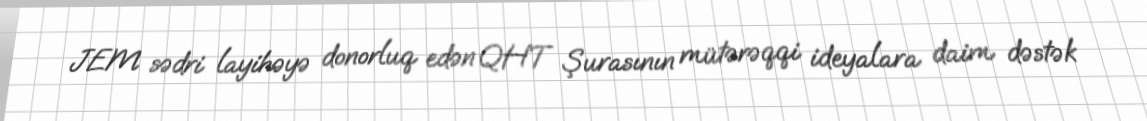
JEM sədri layihəyə donorluq edən QHT Şurasının mütərəqqi ideyalara daim dəstək